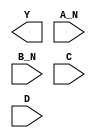
module sky130_fd_sc_hd__nand4bb (
    Y  ,
    A_N,
    B_N,
    C  ,
    D
);

    output Y  ;
    input  A_N;
    input  B_N;
    input  C  ;
    input  D  ;

    // Voltage supply signals
    supply1 VPWR;
    supply0 VGND;
    supply1 VPB ;
    supply0 VNB ;

endmodule